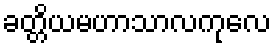
ခတ္တိယမဟာသာလကုလေ